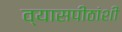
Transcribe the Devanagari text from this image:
व्यासपीठांशी